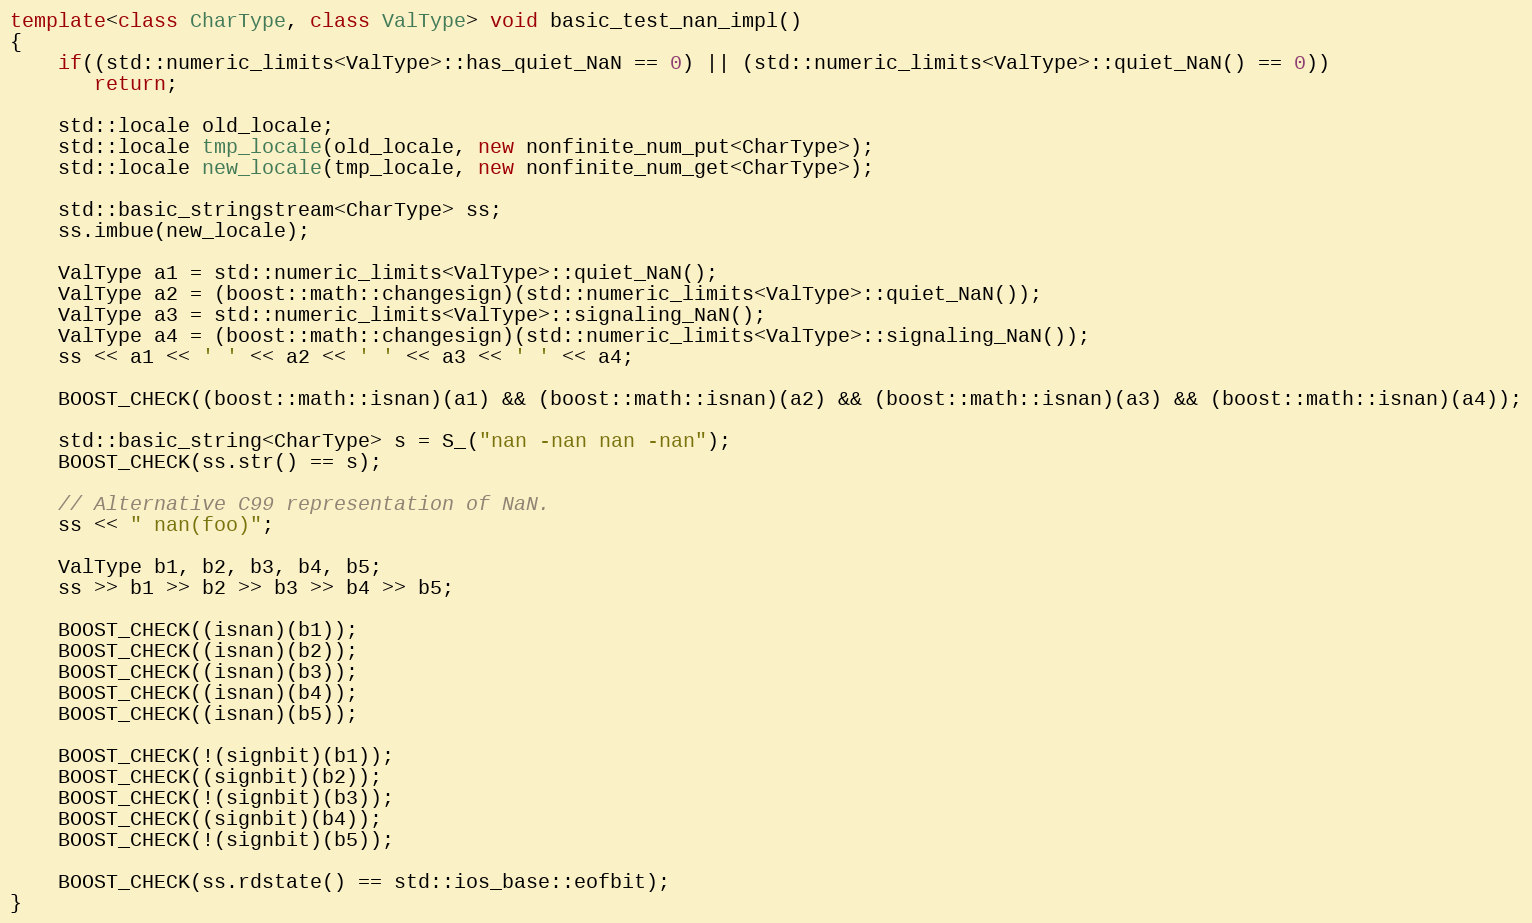
Language: C++
template<class CharType, class ValType> void basic_test_nan_impl()
{
    if((std::numeric_limits<ValType>::has_quiet_NaN == 0) || (std::numeric_limits<ValType>::quiet_NaN() == 0))
       return;

    std::locale old_locale;
    std::locale tmp_locale(old_locale, new nonfinite_num_put<CharType>);
    std::locale new_locale(tmp_locale, new nonfinite_num_get<CharType>);

    std::basic_stringstream<CharType> ss;
    ss.imbue(new_locale);

    ValType a1 = std::numeric_limits<ValType>::quiet_NaN();
    ValType a2 = (boost::math::changesign)(std::numeric_limits<ValType>::quiet_NaN());
    ValType a3 = std::numeric_limits<ValType>::signaling_NaN();
    ValType a4 = (boost::math::changesign)(std::numeric_limits<ValType>::signaling_NaN());
    ss << a1 << ' ' << a2 << ' ' << a3 << ' ' << a4;

    BOOST_CHECK((boost::math::isnan)(a1) && (boost::math::isnan)(a2) && (boost::math::isnan)(a3) && (boost::math::isnan)(a4));

    std::basic_string<CharType> s = S_("nan -nan nan -nan");
    BOOST_CHECK(ss.str() == s);

    // Alternative C99 representation of NaN.
    ss << " nan(foo)";

    ValType b1, b2, b3, b4, b5;
    ss >> b1 >> b2 >> b3 >> b4 >> b5;

    BOOST_CHECK((isnan)(b1));
    BOOST_CHECK((isnan)(b2));
    BOOST_CHECK((isnan)(b3));
    BOOST_CHECK((isnan)(b4));
    BOOST_CHECK((isnan)(b5));

    BOOST_CHECK(!(signbit)(b1));
    BOOST_CHECK((signbit)(b2));
    BOOST_CHECK(!(signbit)(b3));
    BOOST_CHECK((signbit)(b4));
    BOOST_CHECK(!(signbit)(b5));

    BOOST_CHECK(ss.rdstate() == std::ios_base::eofbit);
}